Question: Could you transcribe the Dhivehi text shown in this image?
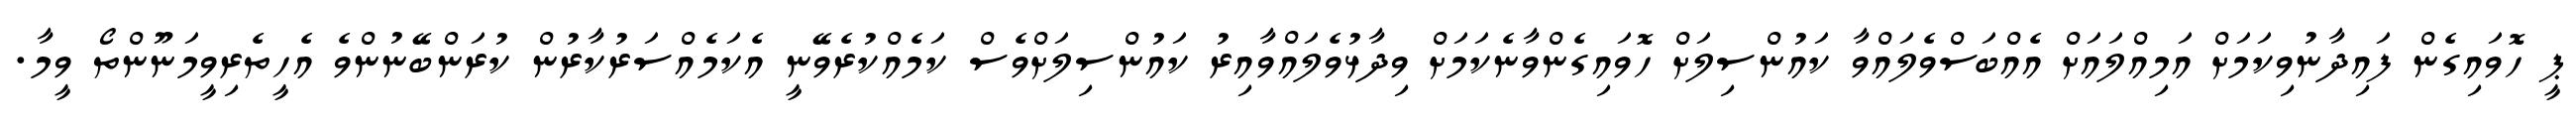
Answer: ޕީ ހޮވައިގެން ފައިދާނުވިކަމަށް އަމިއްލައަށް އެއްބަސްވެލައްވާ ކައުންސިލަށް ހޮވައިގެންވާނެކަމަށް ވިދާޅުވެލައްވާއިރު ކައުންސިލަށްވެސް ކަމެއްކުރެވޭނީ އެކަމެއްސަރުކާރުން ކުރަންބޭނުންވެ އެހީތެރިވީމަނޫންތޯ ވީމާ.